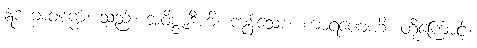
ဣဒံ ဘဝစက္ကံ၊ သည်။ အဝိဇ္ဇာဒီဟိ၊ ကုန်သော။ ကာရဏေဟိ၊ တို့ကြောင့်။